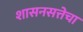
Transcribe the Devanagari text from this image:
शासनसत्तेचा